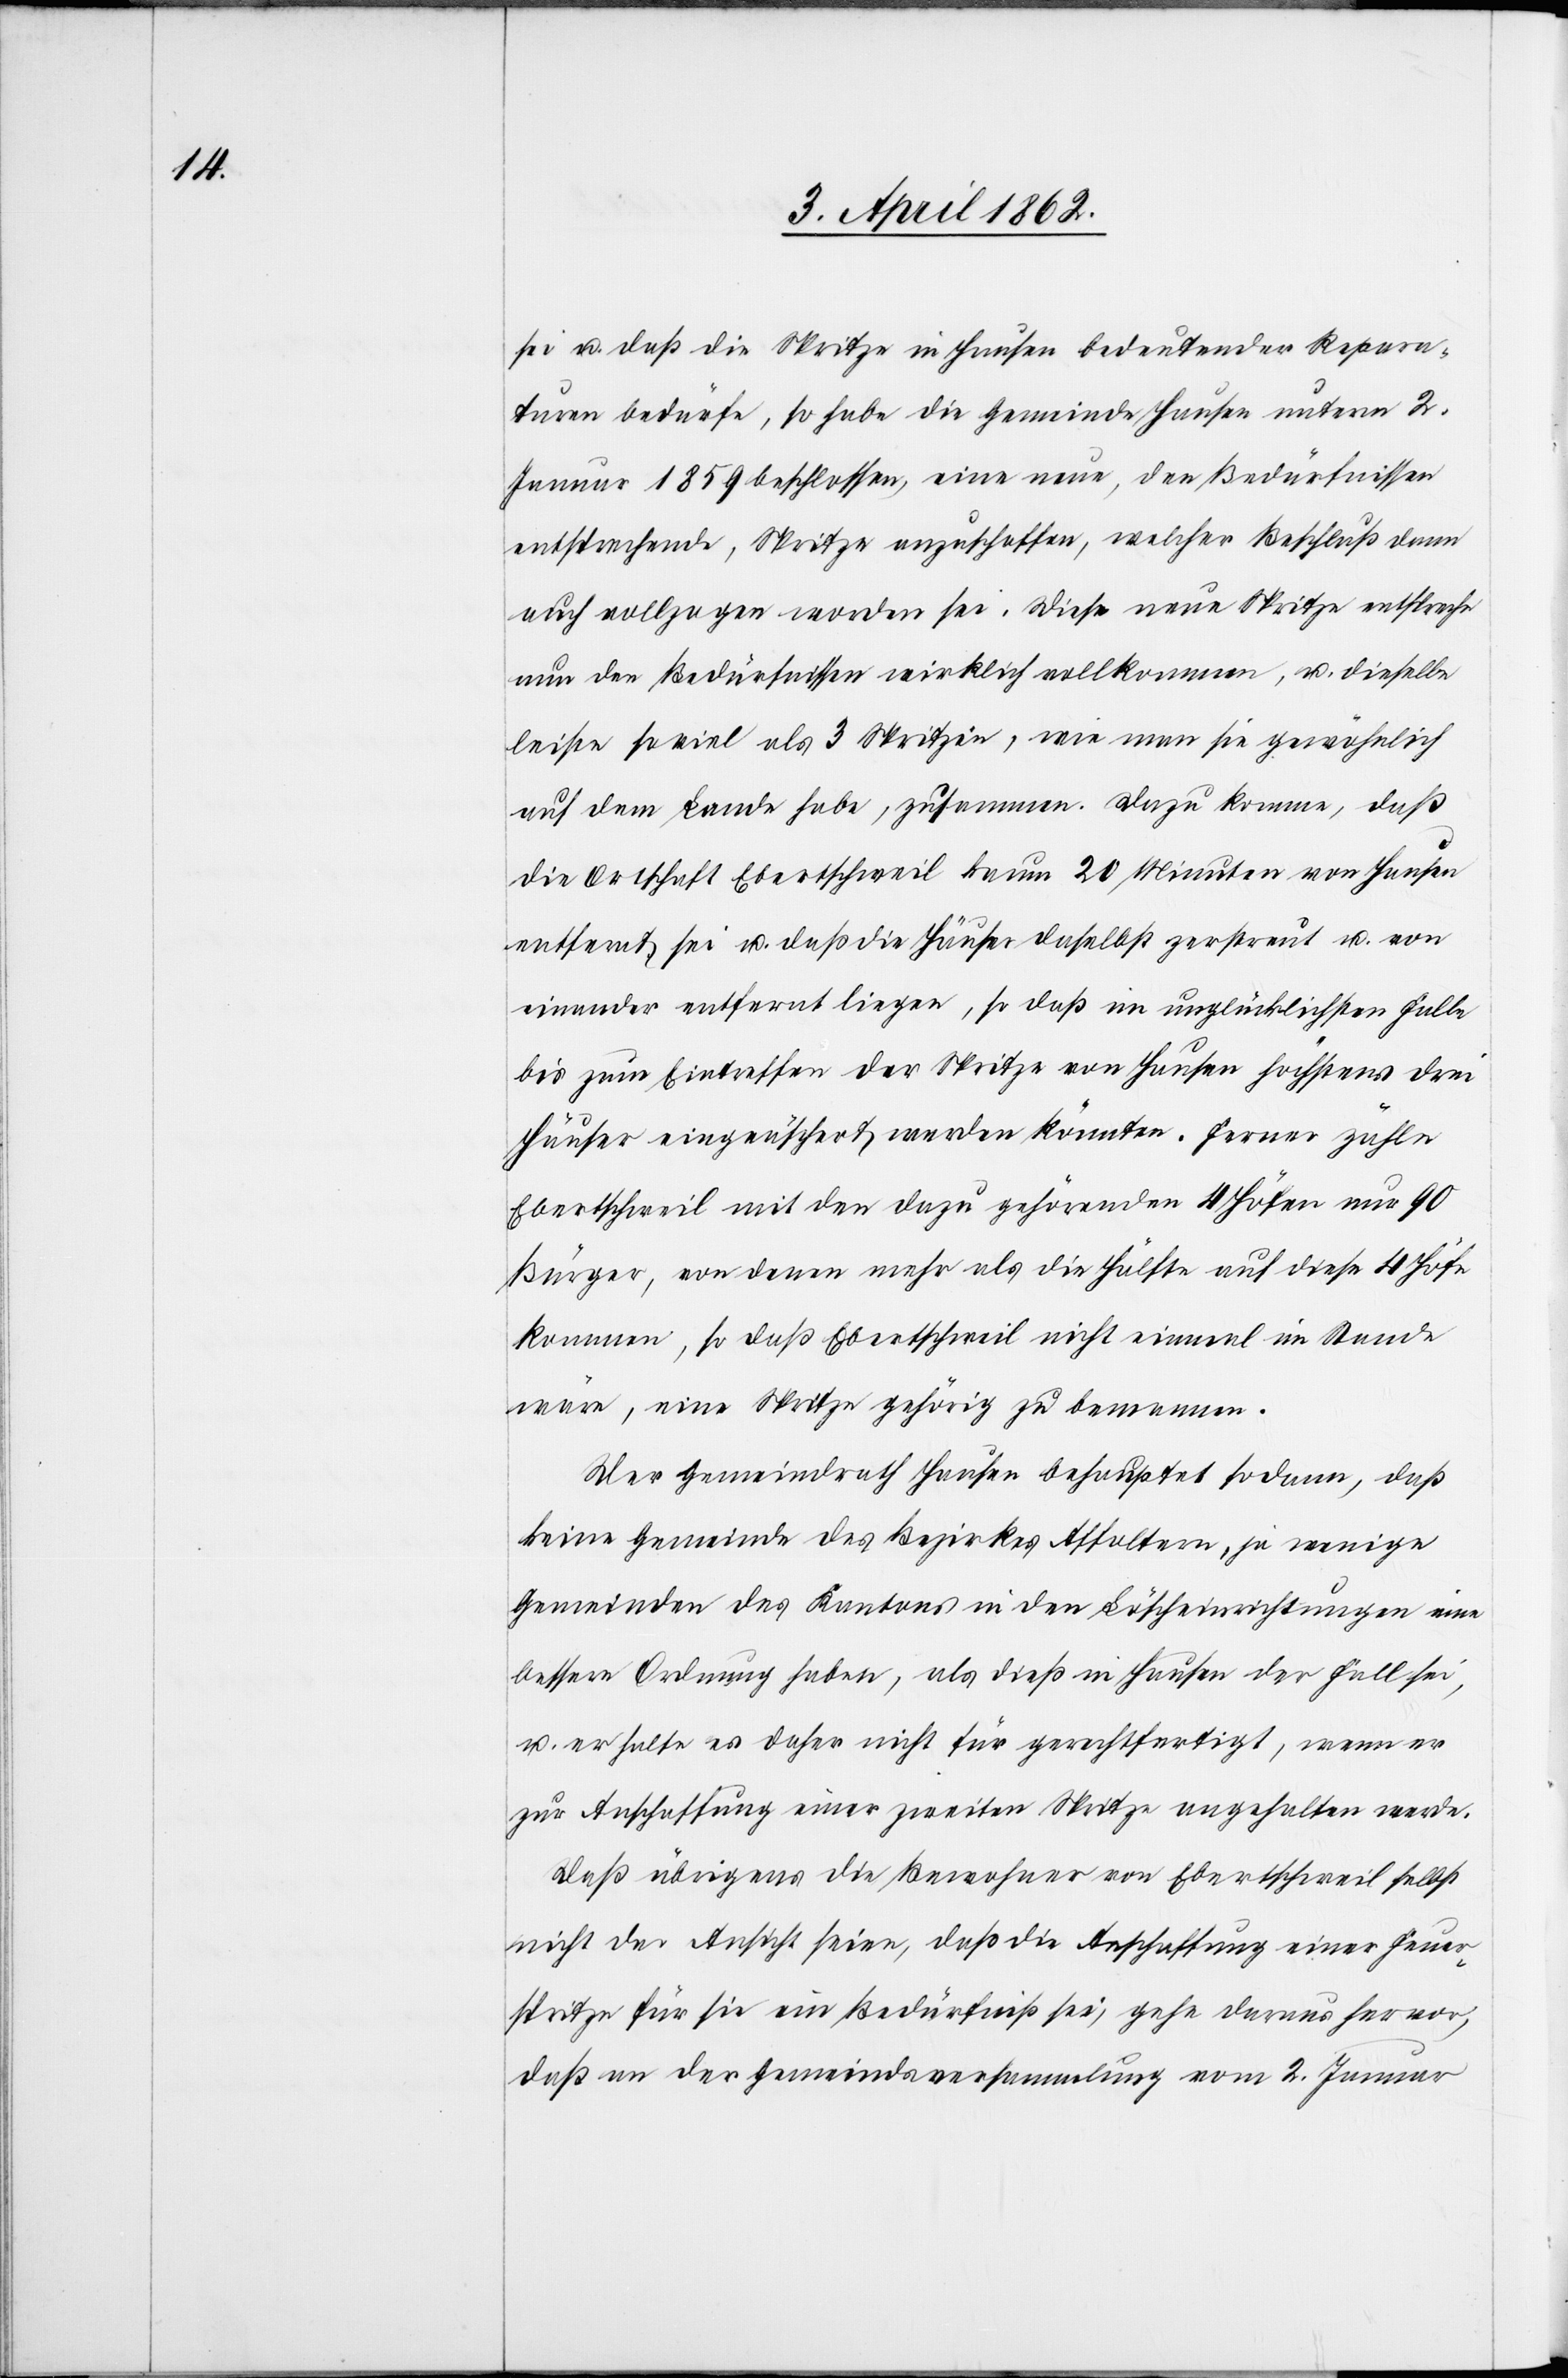
sei u. daß die Spritze in Hausen bedeutender Repara¬
tur bedürfe, so habe die Gemeinde Hausen unterm 2.
Jenner 1859 beschlossen, eine neue, den Bedürfnissen
entsprechende, Spritze anzuschaffen, welcher Beschluß dann
auch vollzogen worden sei. Diese neue Spritze entspreche
nun den Bedürfnissen wirklich vollkommen, u. dieselbe
leiste soviel als 3 Spritzen, wie man sie gewöhnlich
auf dem Lande habe, zusammen. Dazu komme, daß
die Ortschaft Ebertschweil kaum 20 Minuten von Hausen
entfernt sei u. daß die Häuser daselbst zerstreut u. von
einander entfernt liegen, so daß im unglücklichen Falle
bis zum Eintreffen der Spritze von Hausen höchstens drei
Häuser eingeäschert werden könnten. Ferner zähle
Ebertschweil mit den dazu gehörenden 4 Höfen nur 90
Bürger, von denen mehr als die Hälfte auf diese 4 Höfe
kommen, so daß Ebertschweil nicht einmal im Stande
wäre, eine Spritze gehörig zu bemannen.
Der Gemeindrath Hausen behauptet sodann, daß
keine Gemeinde des Bezirkes Affoltern, je einige
Gemeinden des Kantons in den Löscheinrichtungen eine
bessere Ordnung haben, als dieß in Hausen der Fall sei,
u. er halte es daher nicht für gerechtfertigt, wenn er
zur Anschaffung einer zweiten Spritze angehalten werde.
Daß übrigens die Bewohner von Ebertschweil selbst
nicht der Ansicht seien, daß die Anschaffung einer Feuer¬
spritze für sie ein Bedürfniß sei, gehe daraus hervor,
daß an der Gemeindsversammlung vom 2. Jenner